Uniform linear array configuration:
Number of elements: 48
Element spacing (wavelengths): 0.75
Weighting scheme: cosine
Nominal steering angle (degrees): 30
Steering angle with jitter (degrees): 29.658
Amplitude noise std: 0.05
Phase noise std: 0.05

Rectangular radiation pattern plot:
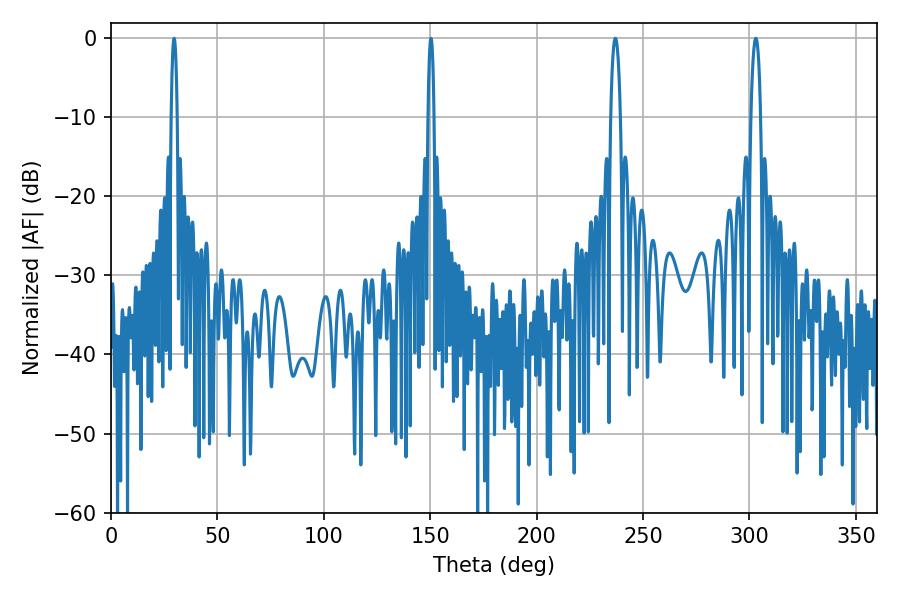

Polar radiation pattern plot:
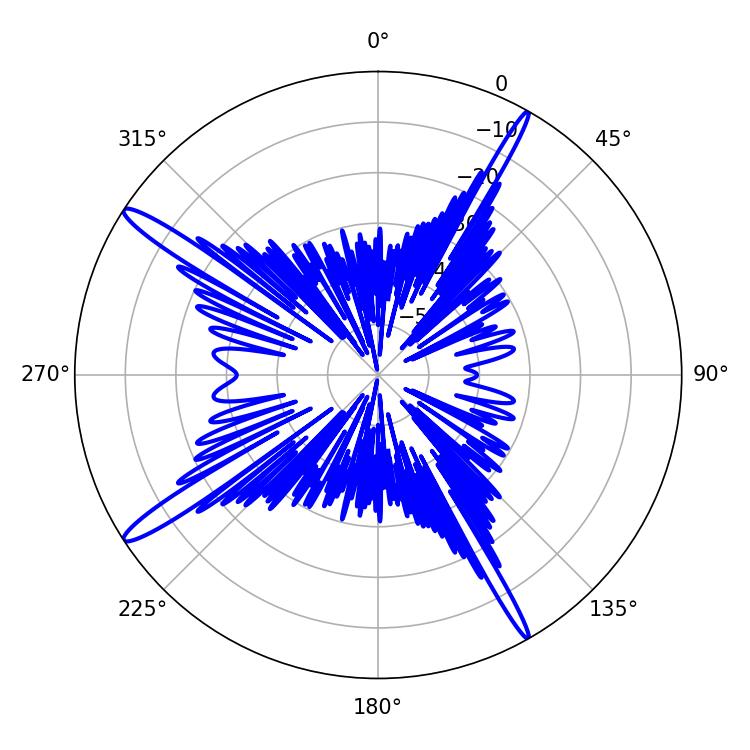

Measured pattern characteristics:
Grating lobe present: TRUE
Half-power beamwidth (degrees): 2.52
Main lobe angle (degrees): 302.94